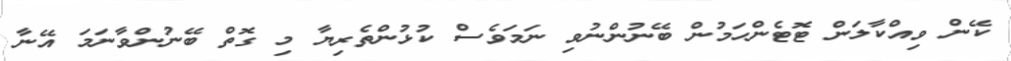
ކޭން ވިއްކާލަން ޓޮޓެންހަމުން ބޭނުންނުވި ނަމަވެސް ކުޅުންތެރިޔާ މި ގޮތް ބޭނުންވާނަމަ އޭނާ